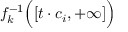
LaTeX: f _ { k } ^ { - 1 } { \Bigl ( } [ t \cdot c _ { i } , + \infty ] { \Bigr ) }